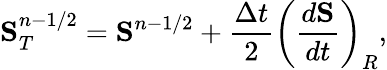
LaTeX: \mathbf{S}_{T}^{n-1/2}=\mathbf{S}^{n-1/2}+\frac{\Delta t}{2}\left(\frac{d\mathbf{S}}{dt}\right)_{R},